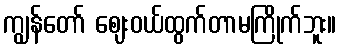
ကျွန်တော် ဈေးဝယ်ထွက်တာမကြိုက်ဘူး။